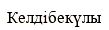
Келдібекүлы